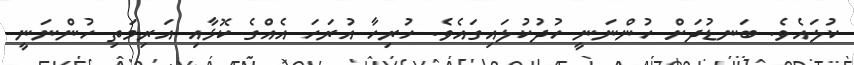
ކުލައެވެ. ބަނޑުދަށް ހުންނަނީ ހުދުކުލައިގައެވެ. ހުރިހާ އުރަހަ އެއްގެ ކޮޅާއި އަރިމަތި ހުންނަނީ